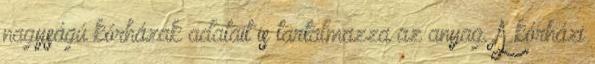
nagyságú kórházak adatait is tartalmazza az anyag. A kórházi